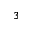
3